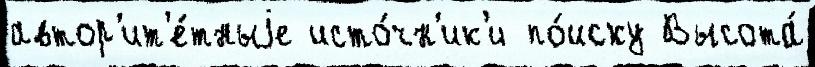
автор'ит'е́тныjе исто́чн'ик'и по́иску Высота́